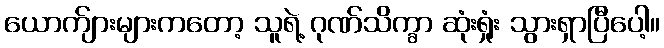
ယောက်ျားများကတော့ သူရဲ့ ဂုဏ်သိက္ခာ ဆုံးရှုံး သွားရှာပြီပေါ့။